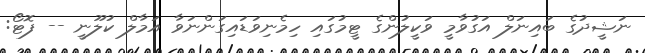
ނަޝީދުގެ ބައިނަލް އަގުވާމީ ވަކީލުންގެ ޓީމުގައި ހިމެނިވަޑައިގަންނަވާ އަމާލް ކުލޫނީ -- ފޮޓޯ: